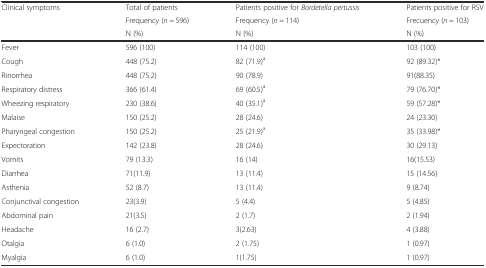
| <ROWSPAN=3> Clinical symptoms | Total of patients | Patients positive for Bordetella pertussis | Patients positive for RSV |
 | Frequency (n = 596) | Frequency (n = 114) | Frecuency (n = 103) |
 | N (%) | N (%) | N (%) |
 | --- | --- | --- | --- |
 | Fever | 596 (100) | 114 (100) | 103 (100) |
 | Cough | 448 (75.2) | 82 (71.9)a | 92 (89.32)* |
 | Rinorrhea | 448 (75.2) | 90 (78.9) | 91(88.35) |
 | Respiratory distress | 366 (61.4) | 69 (60.5)a | 79 (76.70)* |
 | Wheezing respiratory | 230 (38.6) | 40 (35.1)a | 59 (57.28)* |
 | Malaise | 150 (25.2) | 28 (24.6) | 24 (23.30) |
 | Pharyngeal congestion | 150 (25.2) | 25 (21.9)a | 35 (33.98)* |
 | Expectoration | 142 (23.8) | 28 (24.6) | 30 (29.13) |
 | Vomits | 79 (13.3) | 16 (14) | 16(15.53) |
 | Diarrhea | 71(11.9) | 13 (11.4) | 15 (14.56) |
 | Asthenia | 52 (8.7) | 13 (11.4) | 9 (8.74) |
 | Conjunctival congestion | 23(3.9) | 5 (4.4) | 5 (4.85) |
 | Abdominal pain | 21(3.5) | 2 (1.7) | 2 (1.94) |
 | Headache | 16 (2.7) | 3(2.63) | 4 (3.88) |
 | Otalgia | 6 (1.0) | 2 (1.75) | 1 (0.97) |
 | Myalgia | 6 (1.0) | 1(1.75) | 1 (0.97) |